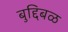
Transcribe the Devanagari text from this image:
बुद्दिबळ